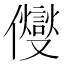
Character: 𠑄